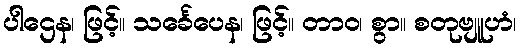
ပါဌေန၊ ဖြင့်။ သင်္ခေပေန၊ ဖြင့်။ တာဝ၊ စွာ။ စတုဗျူဟံ၊